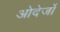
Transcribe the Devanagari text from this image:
ओदेर्जो